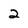
Character: 2